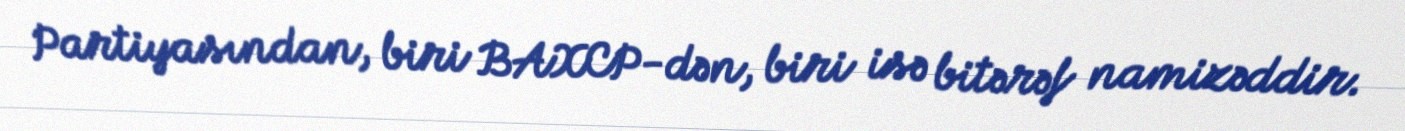
Partiyasından, biri BAXCP-dən, biri isə bitərəf namizəddir.